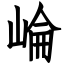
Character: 崘